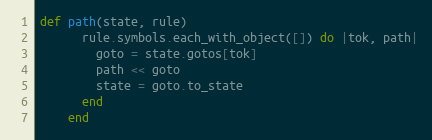
Language: Ruby
def path(state, rule)
      rule.symbols.each_with_object([]) do |tok, path|
        goto = state.gotos[tok]
        path << goto
        state = goto.to_state
      end
    end